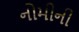
નોમીની